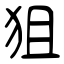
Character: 狙